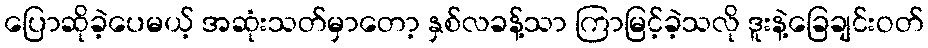
ပြောဆိုခဲ့ပေမယ့် အဆုံးသတ်မှာတော့ နှစ်လခန့်သာ ကြာမြင့်ခဲ့သလို ဒူးနဲ့ခြေချင်းဝတ်